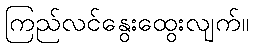
ကြည်လင်နွေးထွေးလျက်။